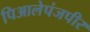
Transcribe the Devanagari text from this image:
पिआलेपंजपीर